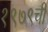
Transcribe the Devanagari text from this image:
१९७९ची